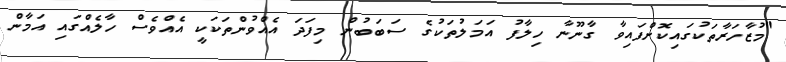
"މުޒާހަރާތަކުގައިކޮށްފައިވާ ގާނޫނާ ހިލާފު އަމަލުތަކުގެ ސަބަބުން މިފަދަ އެއްވުންތަކަކީ އެއްވެސް ހާލެއްގައި އަމާން